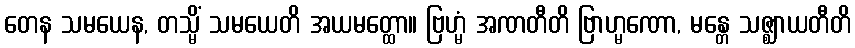
တေန သမယေန, တသ္မိံ သမယေတိ အယမတ္ထော။ ဗြဟ္မံ အဏတီတိ ဗြာဟ္မဏော, မန္တေ သဇ္ဈာယတီတိ